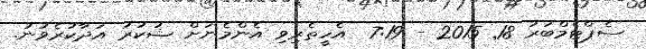
ސެޕްޓެމްބަރު 18